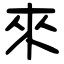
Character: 來